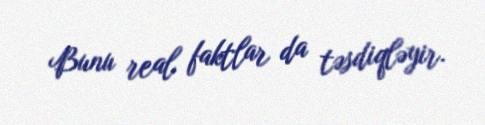
Bunu real faktlar da təsdiqləyir.